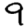
Digit: 9